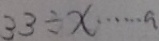
3 3 \div x \cdots a